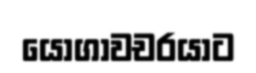
යෝගාවචරයාට